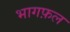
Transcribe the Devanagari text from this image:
भागफ़ल